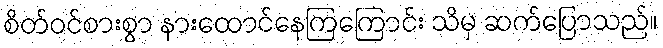
စိတ်ဝင်စားစွာ နားထောင်နေကြကြောင်း သိမှ ဆက်ပြောသည်။